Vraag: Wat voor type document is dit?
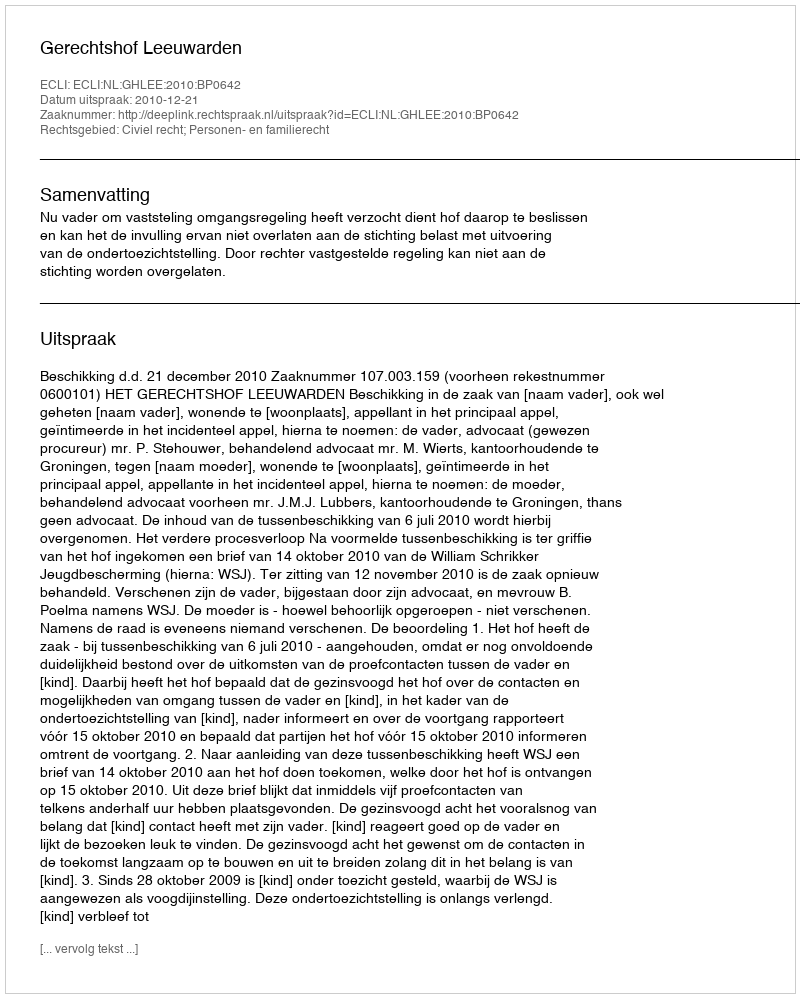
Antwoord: Uitspraak